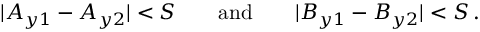
| A _ { y 1 } - A _ { y 2 } | < S \qquad \mathrm { a n d } \qquad | B _ { y 1 } - B _ { y 2 } | < S \, .